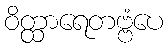
ဝိတ္ထာရေတဗ္ဗံပေ